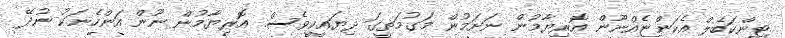
ޓިންކަބެލް އެކަންޏެއްނޫން އޮރިޔާމުން ނަށަމުން މަގުމަތީގަ ދިޔައީކީވެސް. އޮރިޔާމުން ނޫން އަންހެނަކު ނުދޭ